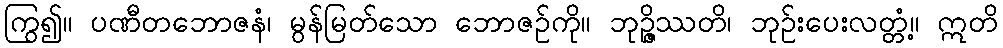
ကြွ၍။ ပဏီတဘောဇနံ၊ မွန်မြတ်သော ဘောဇဉ်ကို။ ဘုဉ္ဇိဿတိ၊ ဘုဉ်းပေးလတ္တံ့။ ဣတိ